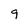
Character: 9